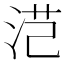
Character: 𭰜